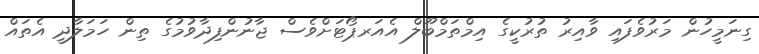
ގިނަމީހުން މަރުވެފައި ވާއިރު ތުރުކީގެ އިމްތަމްބޫލް އެއަރޕޯޓަށްވެސް ޖާނުންފިދާވުމުގެ ތިން ހަމަލާދީ އެތައް